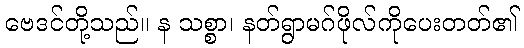
ဗေဒင်တို့သည်။ န သစ္စာ၊ နတ်ရွာမဂ်ဖိုလ်ကိုပေးတတ်၏